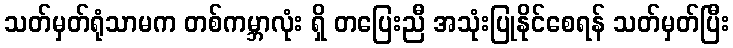
သတ်မှတ်ရုံသာမက တစ်ကမ္ဘာလုံး ရှိ တပြေးညီ အသုံးပြုနိုင်စေရန် သတ်မှတ်ပြီး